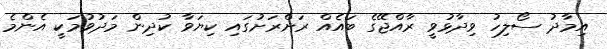
އިމާދު ސޯލިހު ވިދާޅުވީ ރާއްޖޭގެ ބައެއް ރަށްރަށުގައި ކިޔަވާ ކުދިން މަދުވުމަކީ އެންމެ